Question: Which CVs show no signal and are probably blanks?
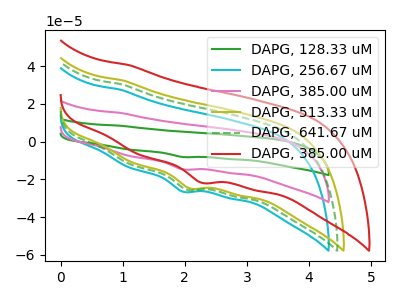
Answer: <think>The green curve "DAPG, 128.33 uM" has a cathodic peak at: (1.95V, -29.30uA). The cyan curve "DAPG, 256.67 uM" has a cathodic peak at: (1.95V, -26.45uA). The pink curve "DAPG, 385.00 uM" has a cathodic peak at: (1.95V, -14.65uA). The olive curve "DAPG, 513.33 uM" has a cathodic peak at: (2.10V, -24.70uA). The green dashed curve "DAPG, 641.67 uM" has a cathodic peak at: (2.05V, -25.45uA). The red curve "DAPG, 385.00 uM" has a cathodic peak at: (2.25V, -21.70uA).</think>
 <answer>There are not any CV's on this graph that are likely to be blanks.</answer>
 <eval>none</eval>